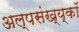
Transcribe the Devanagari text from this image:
अल्पसंख्य्कॉ